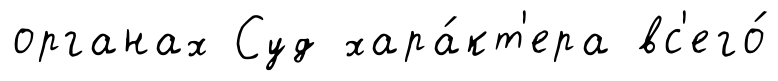
органах Суд хара́кт'ера вс'его́